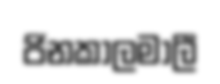
ජිනකාලමාලී